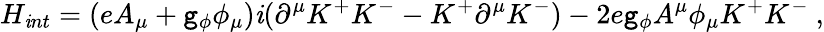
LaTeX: H_{\mathit{i}nt}=(eA_{\mu}+\mathtt{g}_{\phi}\phi_{\mu})\mathit{i}(\partial^{\mu}K^{+}K^{-}-K^{+}\partial^{\mu}K^{-})-2e\mathtt{g}_{\phi}A^{\mu}\phi_{\mu}K^{+}K^{-}\ ,